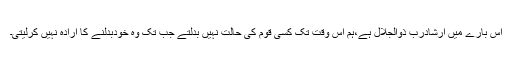
اس بارے میں اِرشادِرَبّ ذوالجلال ہے،ہم اس وقت تک کسی قوم کی حالت نہیں بدلتے جب تک وہ خودبدلنے کا اِرادہ نہیں کرلیتی۔